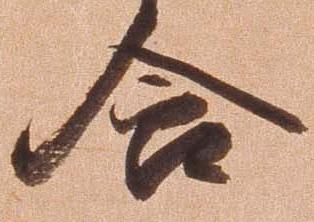
含